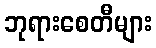
ဘုရားစေတီများ